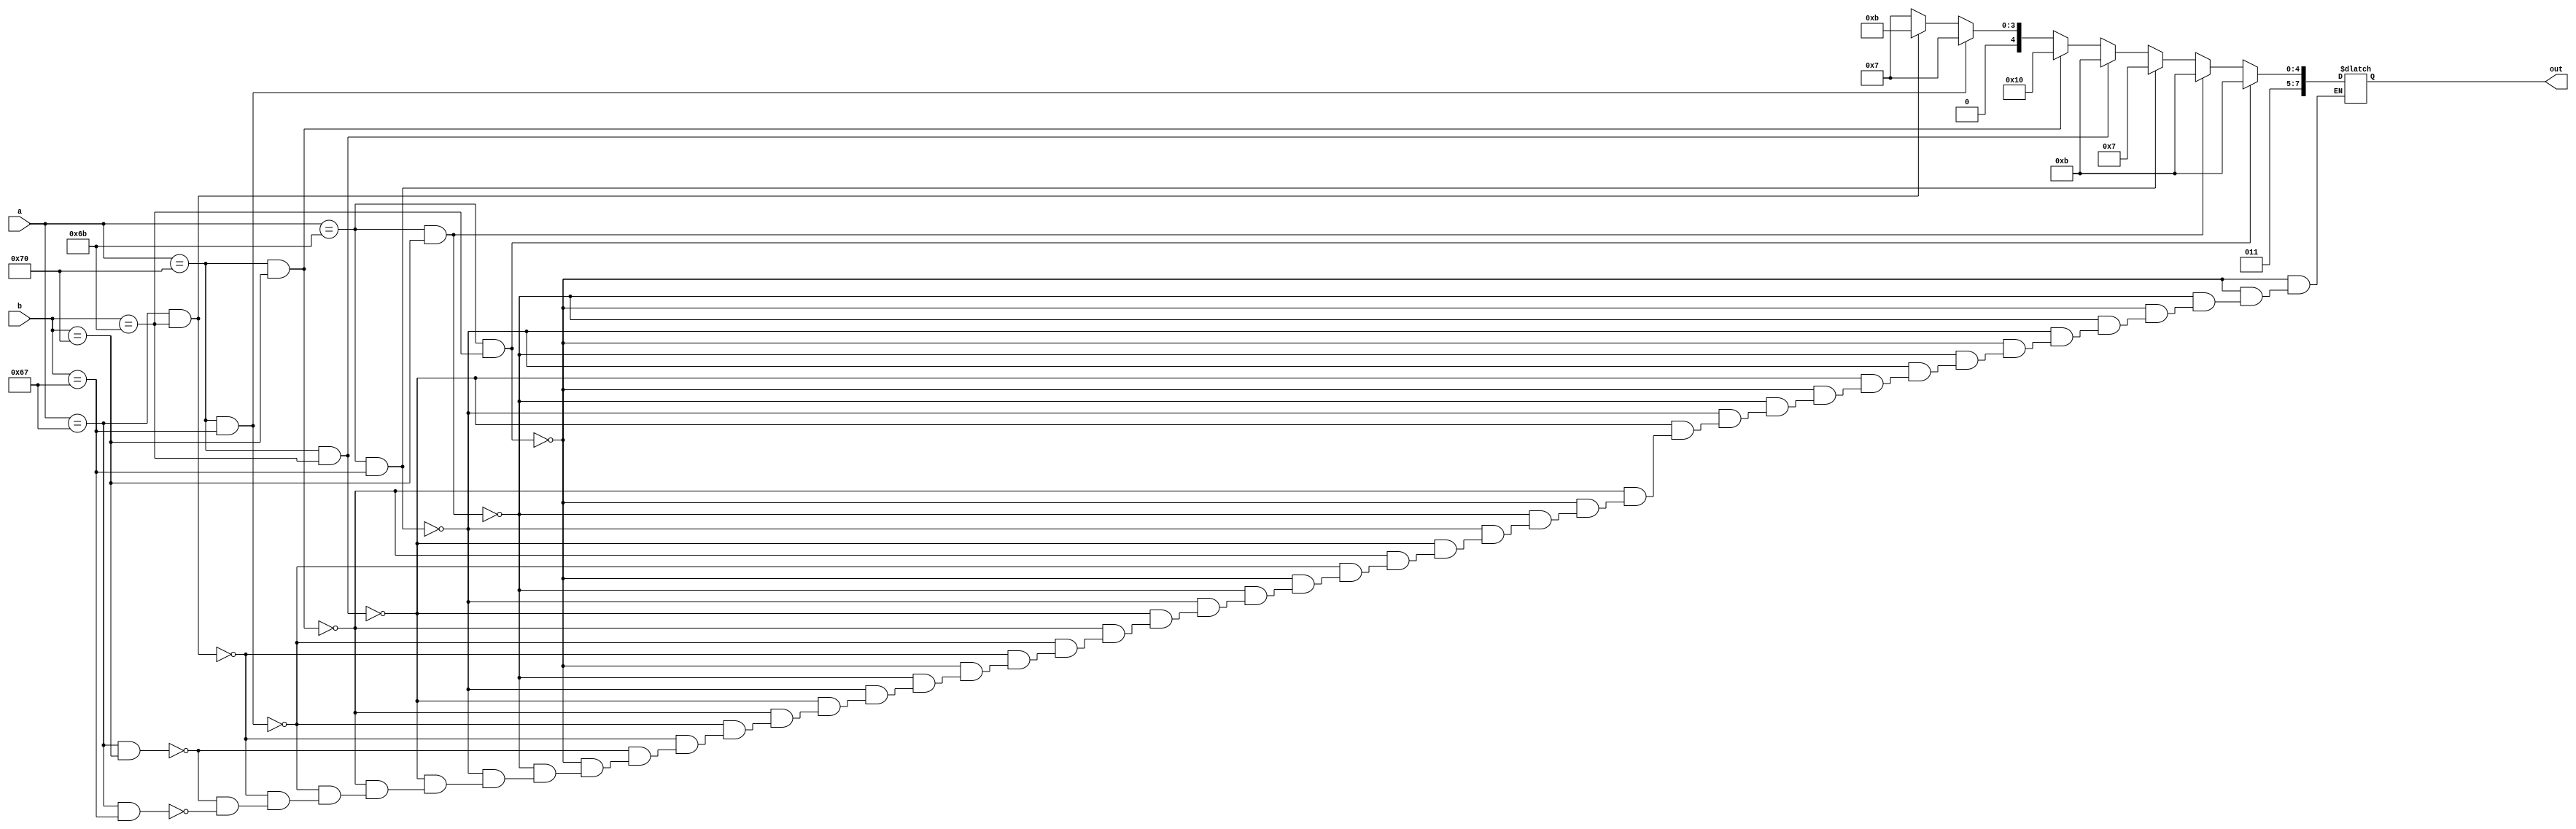

module recurr(a,b,out);
 input  [7:0]a,b;
 output reg [7:0]out;
 
always@(a,b)
begin

if(a=="k" && b=="k")
 out="k";

else if(a=="k" && b=="p")
 out="k";

else if(a=="k" && b=="g")
 out="g";

else if(a=="p" && b=="k")
 out="k";

else if(a=="p" && b=="p")
 out="p";

else if(a=="p" && b=="g")
 out="g";

else if(a=="g" && b=="k")
 out="k";

else if(a=="g" && b=="p")
 out="g";

else if(a=="g" && b=="g")
 out="g";


end

endmodule